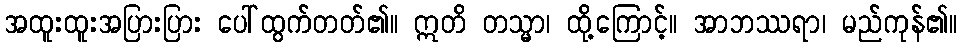
အထူးထူးအပြားပြား ပေါ်ထွက်တတ်၏။ ဣတိ တသ္မာ၊ ထို့ကြောင့်။ အာဘဿရာ၊ မည်ကုန်၏။